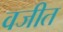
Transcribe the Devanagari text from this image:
वजीत